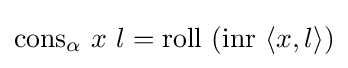
\mathrm {cons} _{\alpha }\ x\ l=\mathrm {roll} \ (\mathrm {inr} \ \langle x,l\rangle )